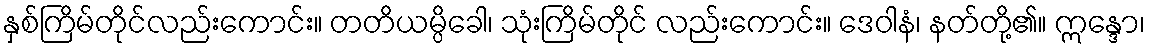
နှစ်ကြိမ်တိုင်လည်းကောင်း။ တတိယမ္ပိခေါ၊ သုံးကြိမ်တိုင် လည်းကောင်း။ ဒေဝါနံ၊ နတ်တို့၏။ ဣန္ဒော၊